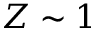
Z \sim 1